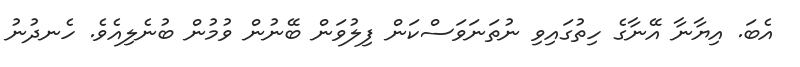
އެބަ. އިޔާނާ އޭނާގެ ހިތުގައިވި ނުތަނަވަސްކަން ފިލުވަން ބޭނުން ވުމުން ބުނެލިއެވެ. ހެނދުނު